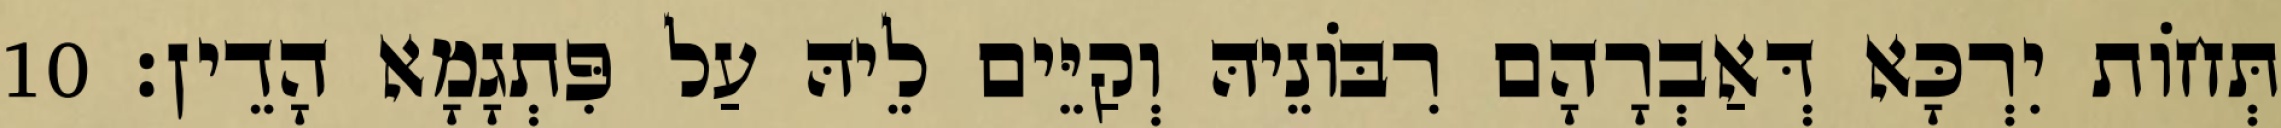
תְּחוֹת יִרְכָּא דְּאַבְרָהָם רִבּוֹנֵיהּ וְקַיֵּים לֵיהּ עַל פִּתְגָמָא הָדֵין׃ 10